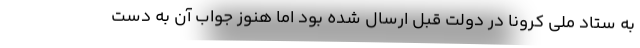
به ستاد ملی کرونا در دولت قبل ارسال شده بود اما هنوز جواب آن به دست